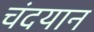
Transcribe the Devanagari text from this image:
चंदयान